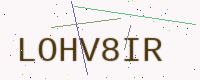
Text: LOHV8IR